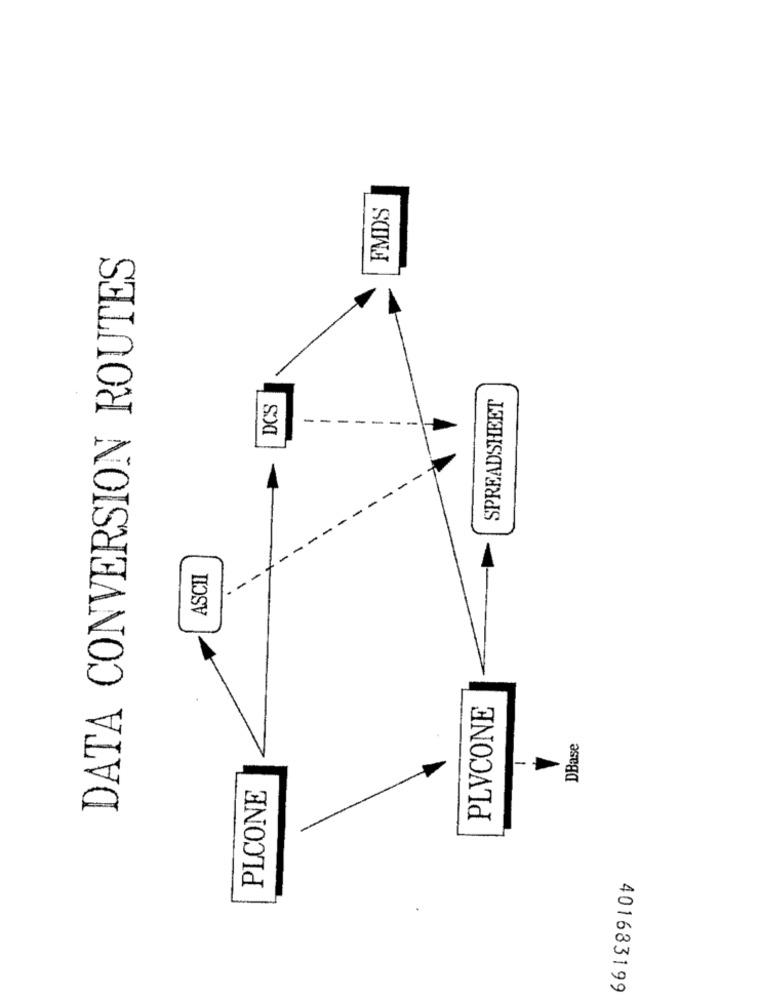
FMDS
DATA CONVERSION ROUTES
DCS
SPREADSHEET
-
-
-
-
ASCII
PLVCONE
DBase
PLCONE
401683199